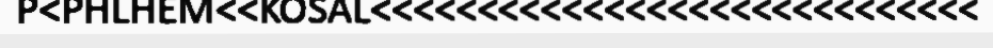
P<PHLHEM<<KOSAL<<<<<<<<<<<<<<<<<<<<<<<<<<<<<